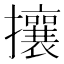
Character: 攘